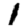
Digit: 1